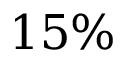
1 5 \%